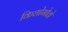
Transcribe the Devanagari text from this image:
किशोमोतो